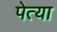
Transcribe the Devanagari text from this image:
पेत्या